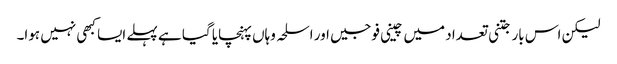
لیکن اس بار جتنی تعداد میں چینی فوجیں اور اسلحہ وہاں پہنچایا گیا ہے پہلے ایسا کبھی نہیں ہوا۔